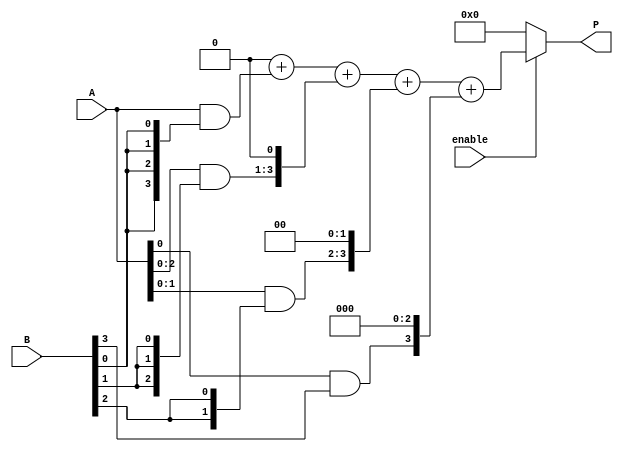
module vedic_multiplier #(parameter N = 4) (
    input [N-1:0] A,        // N-bit input A
    input [N-1:0] B,        // N-bit input B
    input enable,           // Enable signal
    output reg [2*N-1:0] P  // (2N)-bit output product
);

    // Partial product array
    reg [N-1:0] partial_products[N-1:0];
    integer i, j;

    // The multiplication process
    always @(*) begin
        if (enable) begin
            // Initialize the product to zero
            P = 0;

            // Generate partial products
            for (i = 0; i < N; i = i + 1) begin
                partial_products[i] = A & {N{B[i]}};  // AND operation for partial product
                // Shift the partial product according to its position
                partial_products[i] = partial_products[i] << i;
            end

            // Sum the partial products
            for (i = 0; i < N; i = i + 1) begin
                P = P + partial_products[i];
            end
        end else begin
            P = 0; // If not enabled, output zero
        end
    end

endmodule